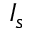
I _ { s }